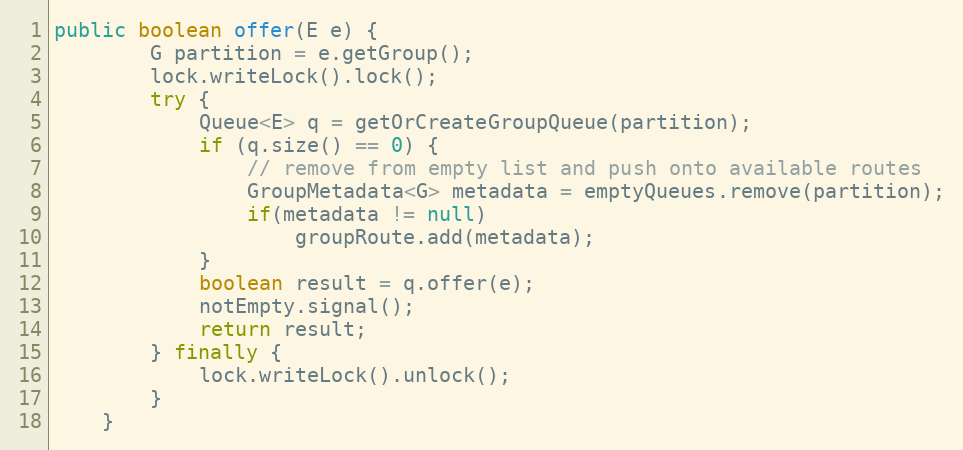
Language: Java
public boolean offer(E e) {
        G partition = e.getGroup();
        lock.writeLock().lock();
        try {
            Queue<E> q = getOrCreateGroupQueue(partition);
            if (q.size() == 0) {
                // remove from empty list and push onto available routes
                GroupMetadata<G> metadata = emptyQueues.remove(partition);
                if(metadata != null)
                    groupRoute.add(metadata);
            }
            boolean result = q.offer(e);
            notEmpty.signal();
            return result;
        } finally {
            lock.writeLock().unlock();
        }
    }